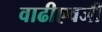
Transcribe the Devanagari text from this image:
वाढीएवजी